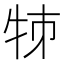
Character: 𤙂